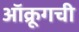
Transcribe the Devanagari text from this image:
ऑक्रूगची